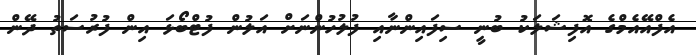
އެފްއޭއެމްގެ އޮފިޝަލަކު ބުނީ ސިފައިންނާއި ފުލުހުންނަށް އަލުން ފުޓްބޯޅަ އިން ފުރުސަތު ދޭން